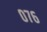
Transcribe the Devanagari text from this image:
०७६